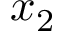
x _ { 2 }